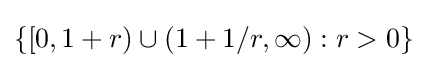
\{[0,1+r)\cup (1+1/r,\infty ):r>0\}